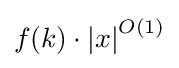
f(k)\cdot {|x|}^{O(1)}